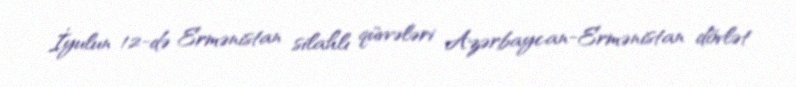
İyulun 12-də Ermənistan silahlı qüvvələri Azərbaycan-Ermənistan dövlət